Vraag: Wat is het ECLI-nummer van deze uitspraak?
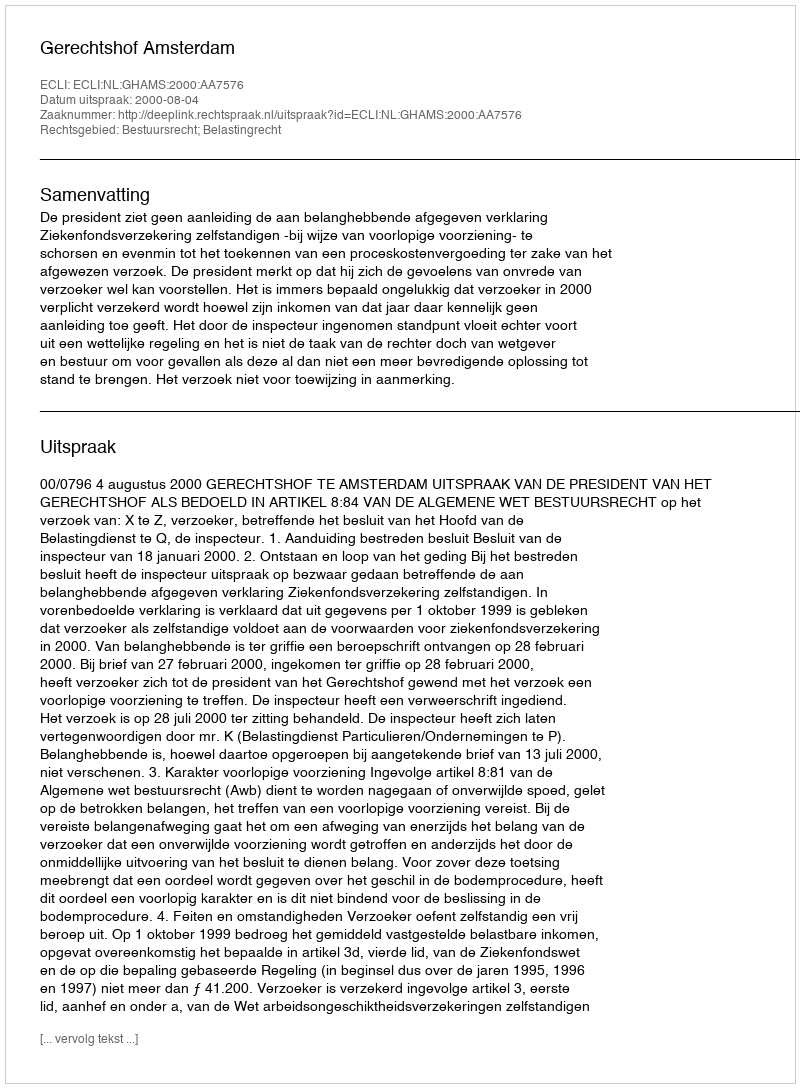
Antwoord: ECLI:NL:GHAMS:2000:AA7576